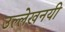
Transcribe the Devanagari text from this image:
उल्लेखनयी